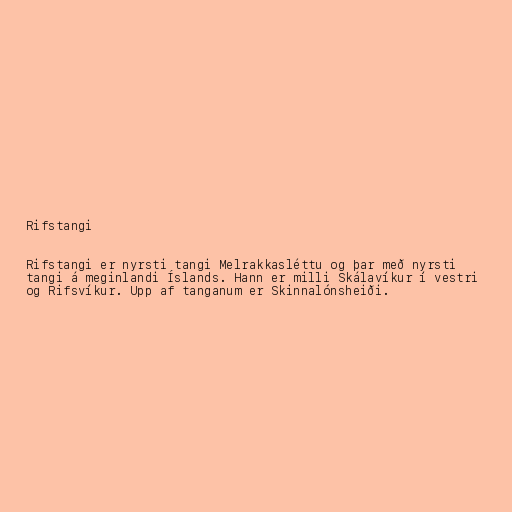
Rifstangi

Rifstangi er nyrsti tangi Melrakkasléttu og þar með nyrsti
tangi á meginlandi Íslands. Hann er milli Skálavíkur í vestri
og Rifsvíkur. Upp af tanganum er Skinnalónsheiði.